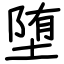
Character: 堕